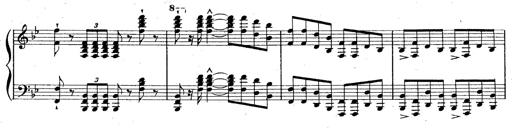
Title: La Marseillaise
Composer: Franz Liszt
Key: B-flat major